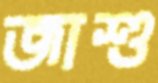
জাশু